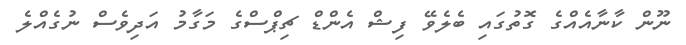
ނޫން ކާނާއެއްގެ ގޮތުގައި ބެލެވޭ ފިޝް އެންޑް ޗިޕްސްގެ މަގާމު އަދިވެސް ނުގެއްލެ